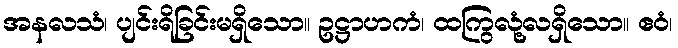
အနလသံ၊ ပျင်းရိခြင်းမရှိသော။ ဥဋ္ဌာဟကံ၊ ထကြွလုံ့လရှိသော။ ဧဝံ၊